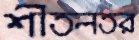
শীতলতর